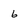
Character: 6